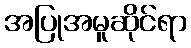
အပြုအမူဆိုင်ရာ